Annual report of the Punjab Veterinary College and of the Civil Veterinary Department, Punjab - 1909-1919
Year: 1909
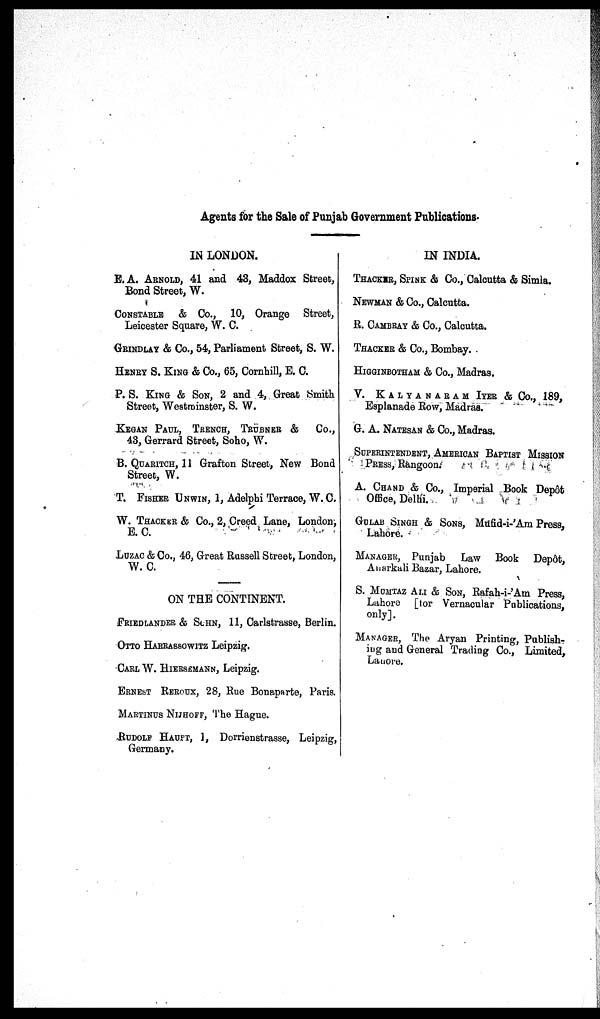
Agents for the Sale of Punjab Government Publications.
IN LONDON.
E.A. ARNOLD, 41 and 43, Maddox Street,
Bond Street, W.
CONSTABLE & Co., 10, Orange
Street,
Leicester Square, W. C.
GRINDLAY & Co., 54, Parliament Street, S. W.
HENRY S. KING & Co., 65, Cornhill, E. C.
P. S. KING & SON, 2 and 4, Great Smith
Street, Westminster, S. W.
KEGAN PAUL, TRENCH, TRÜBNER &
Co.,
43, Gerrard Street, Soho, W.
B. QUARITCH, 11 Grafton Street, New Bond
Street, W.
T. FISHER UNWIN, 1, Adelphi Terrace, W. C.
W. THACKER & Co., 2, Creed Lane, London,
E. C.
LUZAC & Co., 46, Great Russell Street, London,
W. C.
ON THE CONTINENT.
FRIEDLANDER & SCHN, 11, Carlstrasse, Berlin.
OTTO HARRASSOWITZ Leipzig.
CARL W. HIERSEMANN, Leipzig.
ERNEST REROUX, 28, Rue Bonaparte, Paris.
MARTINUS NIJHOFF, The Hague.
RUDOLF HAUPT, 1, Dorrienstrasse, Leipzig,
Germany.
IN INDIA.
THACKER, SPINK & Co., Calcutta & Simla.
NEWMAN & Co., Calcutta.
R. CAMBRAY & Co., Calcutta.
THACKER & Co., Bombay.
HIGGINBOTHEM& Co., Madras.
V. KALYANARAM IYER & Co., 189,
Esplanade Row, Madras.
G. A. NATESAN & Co., Madras.
SUPERINTENDENT, AMERICAN BAPTIST MISSION
PRESS, Rangoon.
A. CHAND & Co., Imperial Book Depôt
Office, Delhi.
GULAB SINGH & SONS, Mufid-i-'Am Press,
Lahore.
MANAGER, Punjab
Law Book
Depôt,
Anarkali Bazar, Lahore.
S. MUMTAZ ALI & SON, Rafah-i-'Am Press,
Lahore [for Vernacular Publications,
only].
MANAGER, The Aryan Printing, Publish-
ing and General Trading Co., Limited,
Lahore.